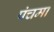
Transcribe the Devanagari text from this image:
पंचमा